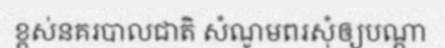
ខ្ពស់នគរបាលជាតិ សំណូមពរសុំឲ្យបណ្តា